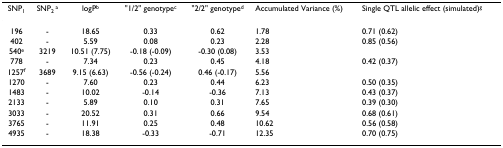
<table><thead><tr><td><b>SNP<sub>1</sub></b></td><td><b>SNP<sub>2 </sub><sup>a</sup></b></td><td><b>logP<sup>b</sup></b></td><td><b>&quot;1/2&quot; genotype<sup>c</sup></b></td><td><b>&quot;2/2&quot; genotype<sup>d</sup></b></td><td><b>Accumulated Variance (%)</b></td><td><b>Single QTL allelic effect (simulated)<sup>g</sup></b></td></tr></thead><tbody><tr><td>196</td><td>-</td><td>18.65</td><td>0.33</td><td>0.62</td><td>1.78</td><td>0.71 (0.62)</td></tr><tr><td>402</td><td>-</td><td>5.59</td><td>0.08</td><td>0.23</td><td>2.28</td><td>0.85 (0.56)</td></tr><tr><td>540<sup>e</sup></td><td>3219</td><td>10.51 (7.75)</td><td>-0.18 (-0.09)</td><td>-0.30 (0.08)</td><td>3.53</td><td></td></tr><tr><td>778</td><td>-</td><td>7.34</td><td>0.23</td><td>0.45</td><td>4.18</td><td>0.42 (0.37)</td></tr><tr><td>1257<sup>f</sup></td><td>3689</td><td>9.15 (6.63)</td><td>-0.56 (-0.24)</td><td>0.46 (-0.17)</td><td>5.56</td><td></td></tr><tr><td>1270</td><td>-</td><td>7.60</td><td>0.23</td><td>0.44</td><td>6.23</td><td>0.50 (0.35)</td></tr><tr><td>1483</td><td>-</td><td>10.02</td><td>-0.14</td><td>-0.36</td><td>7.13</td><td>0.43 (0.37)</td></tr><tr><td>2133</td><td>-</td><td>5.89</td><td>0.10</td><td>0.31</td><td>7.65</td><td>0.39 (0.30)</td></tr><tr><td>3033</td><td>-</td><td>20.52</td><td>0.31</td><td>0.66</td><td>9.54</td><td>0.68 (0.61)</td></tr><tr><td>3765</td><td>-</td><td>11.91</td><td>0.25</td><td>0.48</td><td>10.62</td><td>0.56 (0.58)</td></tr><tr><td>4935</td><td>-</td><td>18.38</td><td>-0.33</td><td>-0.71</td><td>12.35</td><td>0.70 (0.75)</td></tr></tbody></table>